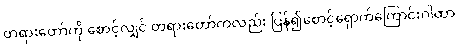
တရားတော်ကို စောင့်လျှင် တရားတော်ကလည်း ပြန်၍စောင့်ရှောက်ကြောင်းဂါထာ